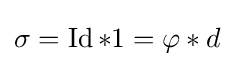
\sigma =\operatorname {Id} *1=\varphi *d